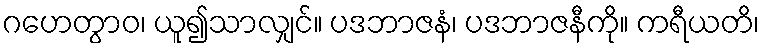
ဂဟေတွာဝ၊ ယူ၍သာလျှင်။ ပဒဘာဇနံ၊ ပဒဘာဇနီကို။ ကရီယတိ၊